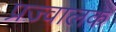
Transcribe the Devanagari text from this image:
प्रज्वालक